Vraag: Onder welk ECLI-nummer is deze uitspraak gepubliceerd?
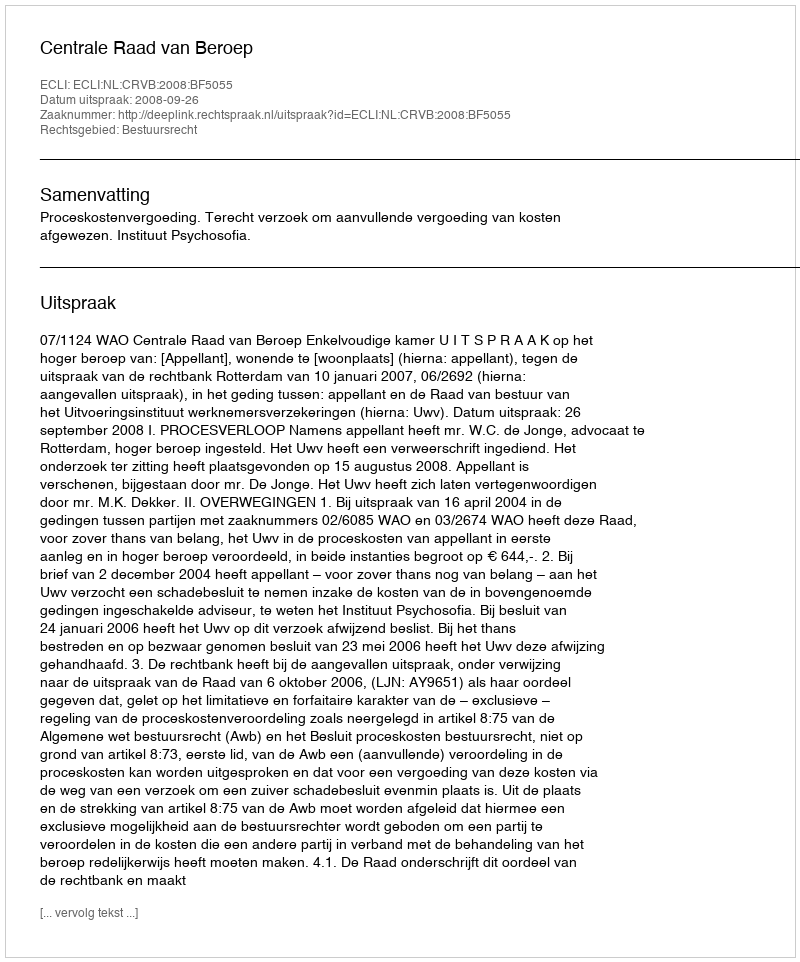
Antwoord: ECLI:NL:CRVB:2008:BF5055